Source: Handwritten
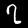
Digit: ၇ (7)